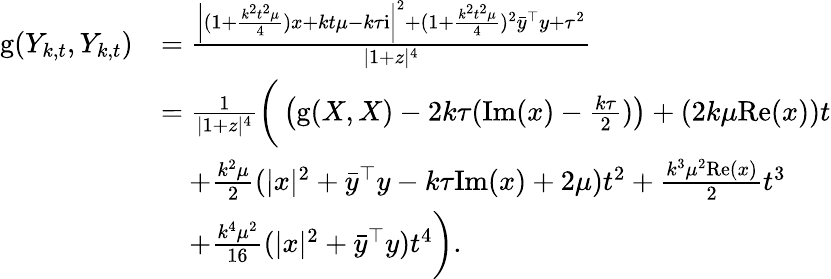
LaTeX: \begin{array}{rl}{\mathrm{g}(Y_{k,t},Y_{k,t})}&{=\frac{\left|(1+\frac{k^{2}t^{2}\mu}{4})x+kt\mu-k\tau\mathrm{i}\right|^{2}+(1+\frac{k^{2}t^{2}\mu}{4})^{2}\bar{y}^{\top}y+\tau^{2}}{|1+z|^{4}}}\\ &{=\frac{1}{|1+z|^{4}}\bigg(\left(\mathrm{g}(X,X)-2k\tau(\mathrm{Im}(x)-\frac{k\tau}{2})\right)+(2k\mu\mathrm{Re}(x))t}\\ &{\quad+\frac{k^{2}\mu}{2}(|x|^{2}+\bar{y}^{\top}y-k\tau\mathrm{Im}(x)+2\mu)t^{2}+\frac{k^{3}\mu^{2}\mathrm{Re}(x)}{2}t^{3}}\\ &{\quad+\frac{k^{4}\mu^{2}}{16}(|x|^{2}+\bar{y}^{\top}y)t^{4}\bigg).}\end{array}